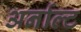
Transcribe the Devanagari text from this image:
अर्नाल्ट